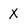
Character: X